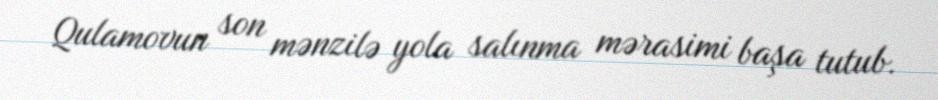
Qulamovun son mənzilə yola salınma mərasimi başa tutub.